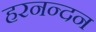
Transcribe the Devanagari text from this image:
हरनन्दन